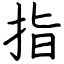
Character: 指